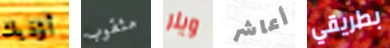
أؤذيك مثقوب ويلر أعاشر بطريقي